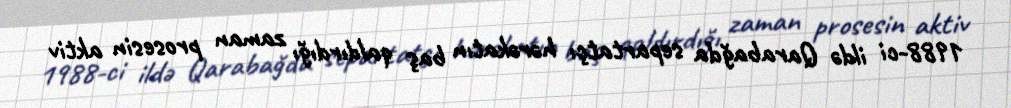
1988-ci ildə Qarabağda separtatçı hərəkatın baş qaldırdığı zaman prosesin aktiv